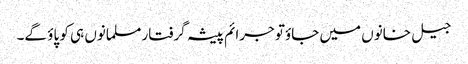
جیل خانوں میں جاؤتو جرائم پیشہ گرفتار مسلمانوں ہی کو پاؤ گے۔